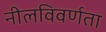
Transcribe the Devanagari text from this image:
नीलविवर्णता